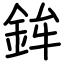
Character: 鉾